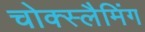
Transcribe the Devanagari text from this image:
चोक्स्लैमिंग